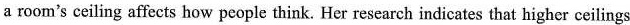
a room's ceiling affects how people think. Her research indicates that higher ceilings